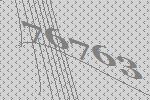
76763